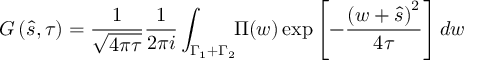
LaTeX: G \left( \hat { s } , \tau \right) = \frac { 1 } { \sqrt { 4 \pi \tau } } \frac { 1 } { 2 \pi i } \int _ { \Gamma _ { 1 } + \Gamma _ { 2 } } \! \! \Pi ( w ) \exp { \left[ - \frac { \left( w + \hat { s } \right) ^ { 2 } } { 4 \tau } \right] } \, d w